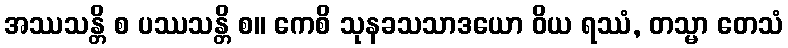
အဿသန္တိ စ ပဿသန္တိ စ။ ကေစိ သုနခသသာဒယော ဝိယ ရဿံ, တသ္မာ တေသံ